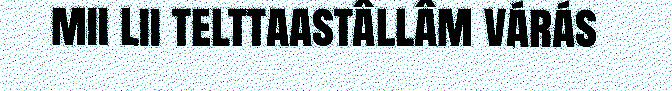
mii lii telttaastâllâm várás